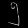
Digit: ၅